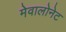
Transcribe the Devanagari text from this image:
मेवालोनेट